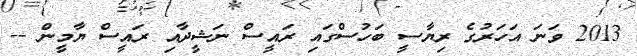
2013 ވަނަ އަހަރުގެ ރިޔާސީ ބަހުސްގައި ރައީސް ނަޝީދާއި ރައީސް ޔާމީން --